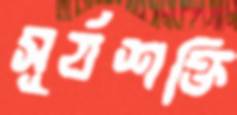
সূর্যশক্তি